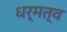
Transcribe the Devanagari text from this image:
धर्मत्व